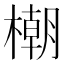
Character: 𣛨